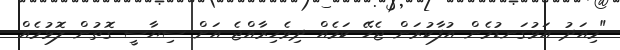
"މިއަދު އަޅުގަނޑުމެން އުފާކުރަން ޖެހޭ ކަމެއް ދިވެހިރާއްޖެ އަށް ސިޔާސީ ގޮތުން ލޮޅުމެއް